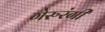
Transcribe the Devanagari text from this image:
गेरुरंगी